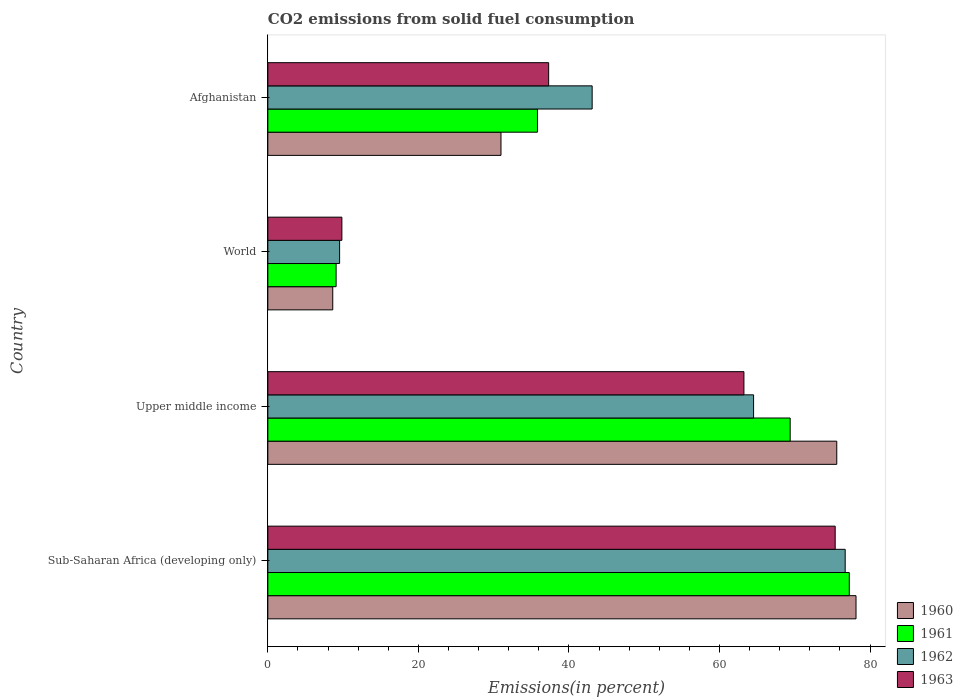
| Country | 1960 | 1961 | 1962 | 1963 |
 | --- | --- | --- | --- | --- |
 | Sub-Saharan Africa (developing only) | 78.1 | 77.2 | 76.7 | 75.4 |
 | Upper middle income | 75.6 | 69.4 | 64.5 | 63.2 |
 | World | 8.62 | 9.07 | 9.53 | 9.83 |
 | Afghanistan | 31 | 35.8 | 43.1 | 37.3 |